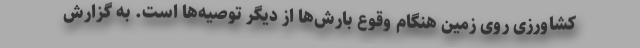
کشاورزی روی زمین هنگام وقوع بارش‌ها از دیگر توصیه‌ها است. به گزارش